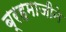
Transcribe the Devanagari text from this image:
ब्रहमाजीने